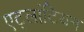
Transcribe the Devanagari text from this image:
एट्लांटियन